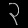
Digit: ၃